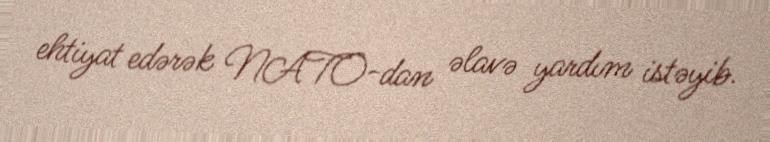
ehtiyat edərək NATO-dan əlavə yardım istəyib.